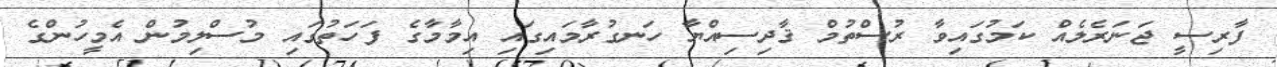
ފާރިސީ ޖަނަރެލެއް ކަމުގައިވާ ރުސްތުމް ޤާދިސިއްޔާ ހަނގުރާމައިގައި އިމާމާގެ ފަހަތުގައި މުސްލިމުން އެމީހުންގެ